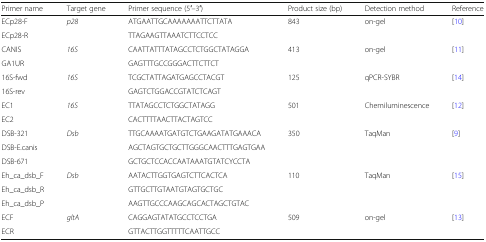
<table><thead><tr><td><b>Primer name</b></td><td><b>Target gene</b></td><td><b>Primer sequence (5′–3′)</b></td><td><b>Product size (bp)</b></td><td><b>Detection method</b></td><td><b>Reference</b></td></tr></thead><tbody><tr><td>ECp28-F</td><td rowspan="2"><i>p28</i></td><td>ATGAATTGCAAAAAAATTCTTATA</td><td rowspan="2">843</td><td rowspan="2">on-gel</td><td rowspan="2">[10]</td></tr><tr><td>ECp28-R</td><td>TTAGAAGTTAAATCTTCCTCC</td></tr><tr><td>CANIS</td><td rowspan="2"><i>16S</i></td><td>CAATTATTTATAGCCTCTGGCTATAGGA</td><td rowspan="2">413</td><td rowspan="2">on-gel</td><td rowspan="2">[11]</td></tr><tr><td>GA1UR</td><td>GAGTTTGCCGGGACTTCTTCT</td></tr><tr><td>16S-fwd</td><td rowspan="2"><i>16S</i></td><td>TCGCTATTAGATGAGCCTACGT</td><td rowspan="2">125</td><td rowspan="2">qPCR-SYBR</td><td rowspan="2">[14]</td></tr><tr><td>16S-rev</td><td>GAGTCTGGACCGTATCTCAGT</td></tr><tr><td>EC1</td><td rowspan="2"><i>16S</i></td><td>TTATAGCCTCTGGCTATAGG</td><td rowspan="2">501</td><td rowspan="2">Chemiluminescence</td><td rowspan="2">[12]</td></tr><tr><td>EC2</td><td>CACTTTTAACTTACTAGTCC</td></tr><tr><td>DSB-321</td><td rowspan="3"><i>Dsb</i></td><td>TTGCAAAATGATGTCTGAAGATATGAAACA</td><td rowspan="3">350</td><td rowspan="3">TaqMan</td><td rowspan="3">[9]</td></tr><tr><td>DSB-E.canis</td><td>AGCTAGTGCTGCTTGGGCAACTTTGAGTGAA</td></tr><tr><td>DSB-671</td><td>GCTGCTCCACCAATAAATGTATCYCCTA</td></tr><tr><td>Eh_ca_dsb_F</td><td rowspan="3"><i>Dsb</i></td><td>AATACTTGGTGAGTCTTCACTCA</td><td rowspan="3">110</td><td rowspan="3">TaqMan</td><td rowspan="3">[15]</td></tr><tr><td>Eh_ca_dsb_R</td><td>GTTGCTTGTAATGTAGTGCTGC</td></tr><tr><td>Eh_ca_dsb_P</td><td>AAGTTGCCCAAGCAGCACTAGCTGTAC</td></tr><tr><td>ECF</td><td rowspan="2"><i>gltA</i></td><td>CAGGAGTATATGCCTCCTGA</td><td rowspan="2">509</td><td rowspan="2">on-gel</td><td rowspan="2">[13]</td></tr><tr><td>ECR</td><td>GTTACTTGGTTTTTCAATTGCC</td></tr></tbody></table>